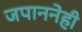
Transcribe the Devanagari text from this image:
जपाननेही